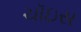
ચૉઇસ